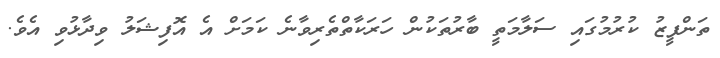
ތަންފީޒު ކުރުމުގައި ސަލާމަތީ ބާރުތަކުން ހަރަކާތްތެރިވާނެ ކަމަށް އެ އޮފިޝަލު ވިދާޅުވި އެވެ.